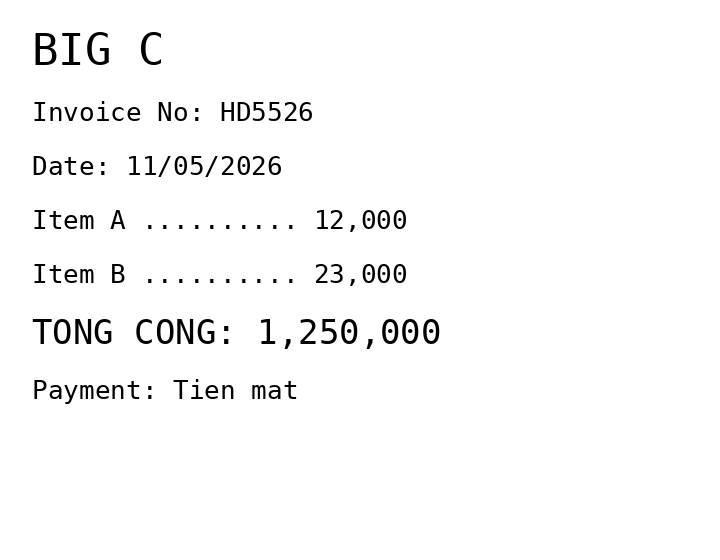
BIG C
Invoice No: HD5526
Date: 11/05/2026
Item A .......... 12,000
Item B .......... 23,000
TONG CONG: 1,250,000
Payment: Tien mat
Merchant: big c
Date: 2026-05-11
Total: 1250000
Invoice No: HD5526
Payment method: CASH